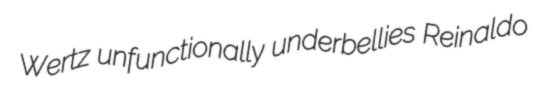
Wertz unfunctionally underbellies Reinaldo